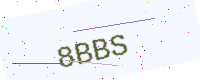
Text: 8BBS